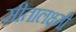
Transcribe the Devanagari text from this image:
सीतालक्ष्मी